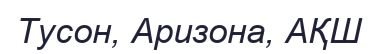
Тусон, Аризона, АҚШ